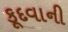
કૂદવાની